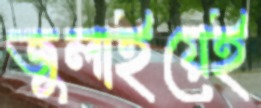
জুলাইয়েই